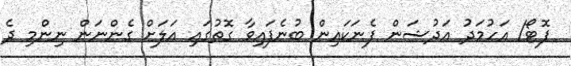
ފޮޓޯ/ އަހުމަދު އަދުޝަން ފެނަކައިން ބުނެފައިވާ ގޮތުގައި އަލަށް ގެންނަން ނިންމި ދެ